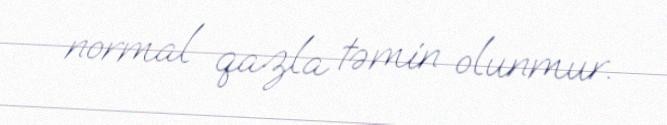
normal qazla təmin olunmur.